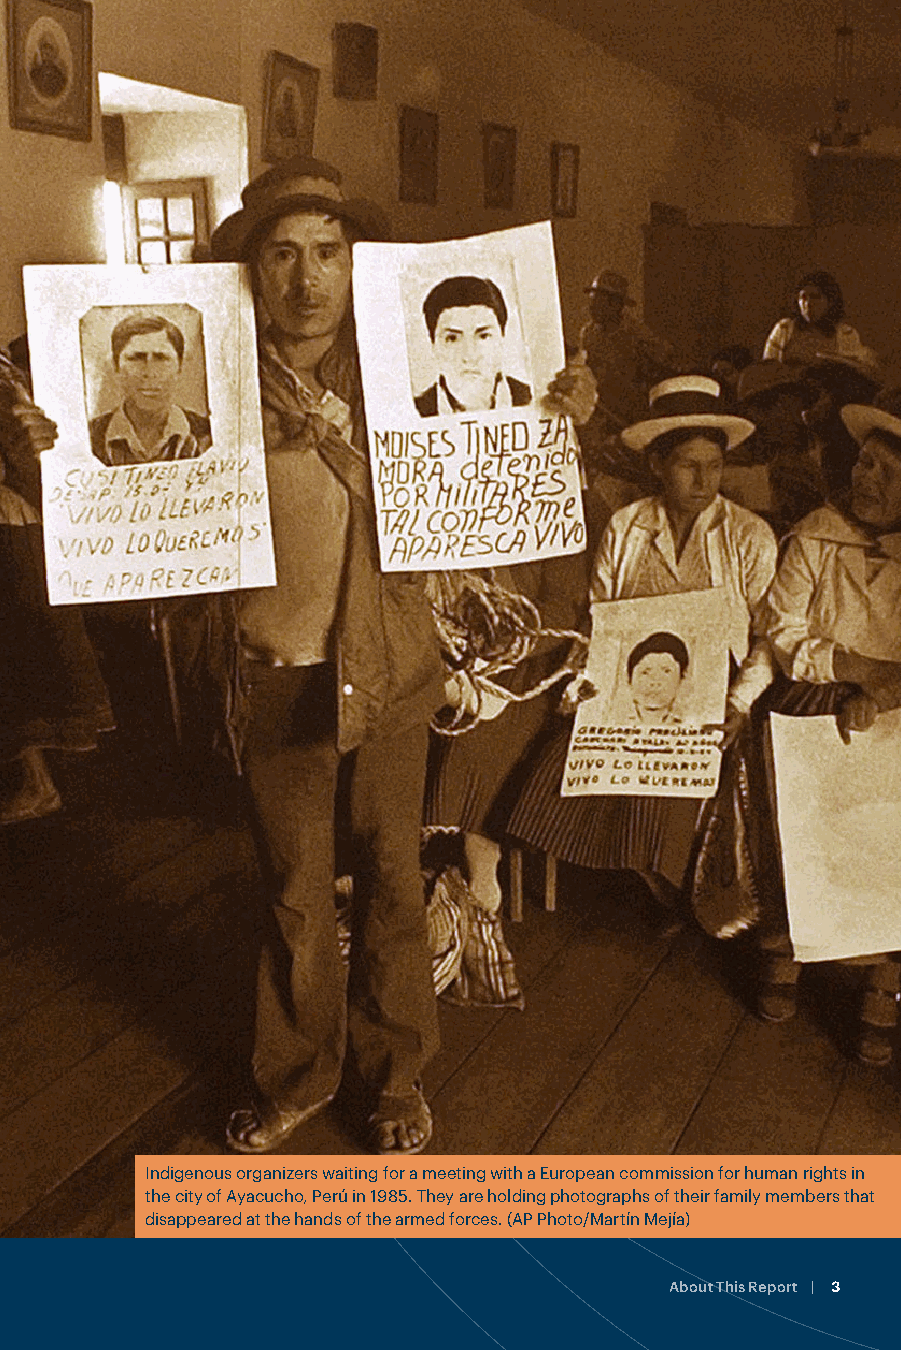
transitional justice and the normative framework of Indigenous rights. Protracted
 armed conflicts in Criollo (mixed heritage) States gave rise to generic transitional
 justice experiences, devoid of Indigenous approaches; but in their application,
 the instruments of truth, justice, and reparation encountered the specificity of
 Indigenous experiences and rights and had to be transformed in varying degrees.
 Broadening the field of transitional justice potentially includes the understanding
 of, and action on, the continuing territorial dispossession and harassment of
 Indigenous peoples.
 The cases examined call for a decisive integration of the framework of
 Indigenous peoples’ rights and Indigenous leadership within transitional
 justice, decolonizing its approaches, broadening its historical perspective, and
 enhancing its capacity to shape profound political transformations in Criollo
 States and their economic models.
 This report was prepared as part of a project undertaken in the first half of 2021
 by three GIJTR member organizations: the Due Process of Law Foundation
 (DPLF) the Centre for the Study of Violence and Reconciliation (CSVR), and the
 International Coalition of Sites of Conscience (ICSC). The Latin America regional
 report was prepared by DPLF and includes the case studies of Guatemala,
 Peru and Colombia, and the Africa regional report was prepared by CSVR and
 includes the cases of Morocco, Nigeria, Rwanda, Kenya, and Sierra Leone.
 ACKNOWLEDGMENTS:
 AUTHOR
 Eduardo González, sociologist, expert in human rights and transitional justice, as
 a consultant to DPLF
 CONTRIBUTORS
 Leonor Arteaga, Program Director, and Katharine Valencia, Senior Legal Advisor,
 DPLF; Dario Colmenares, Program Director, International Coalition of Sites of
 Conscience
 EDITOR
 Luis Miguel Espejo
 TRANSLATOR
 Aimee Sullivan
 Indigenous organizers waiting for a meeting with a European commission for human rights in
 the city of Ayacucho, Perú in 1985. They are holding photographs of their family members that
 For more information about GIJTR, please visit www.gijtr.org disappeared at the hands of the armed forces. (AP Photo/Martín Mejía)
 2 | Transitional Justice and Indigenous Peoples in Latin America About This Report | 3